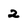
Character: 2